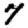
Digit: 7